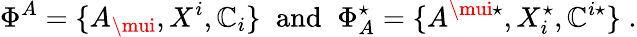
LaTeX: \Phi^{A}=\{ A_{\mui},X^{i},\mathbb{C}_{i}\} \; \; \mathrm{{and}}\; \; \Phi_{A}^{\star}=\{ A^{\mui\star},X_{i}^{\star},\mathbb{C}^{i\star}\} \; .